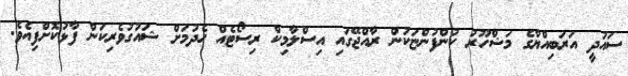
ސައުދީ އަރަބިއްޔާގެ މަޝްހޫރު ކުންފުންޏަކުން ރާއްޖޭގައި އިސްލާމިކް ރިސޯޓެއް ހެދުމަށް ޝައުގުވެރިކަން ފާޅުކޮށްފިއެވެ.